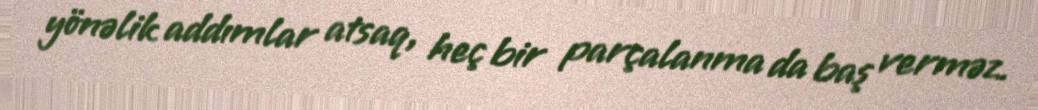
yönəlik addımlar atsaq, heç bir parçalanma da baş verməz.